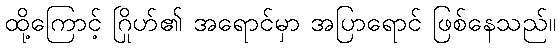
ထို့ကြောင့် ဂြိုဟ်၏ အရောင်မှာ အပြာရောင် ဖြစ်နေသည်။